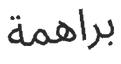
براھمة